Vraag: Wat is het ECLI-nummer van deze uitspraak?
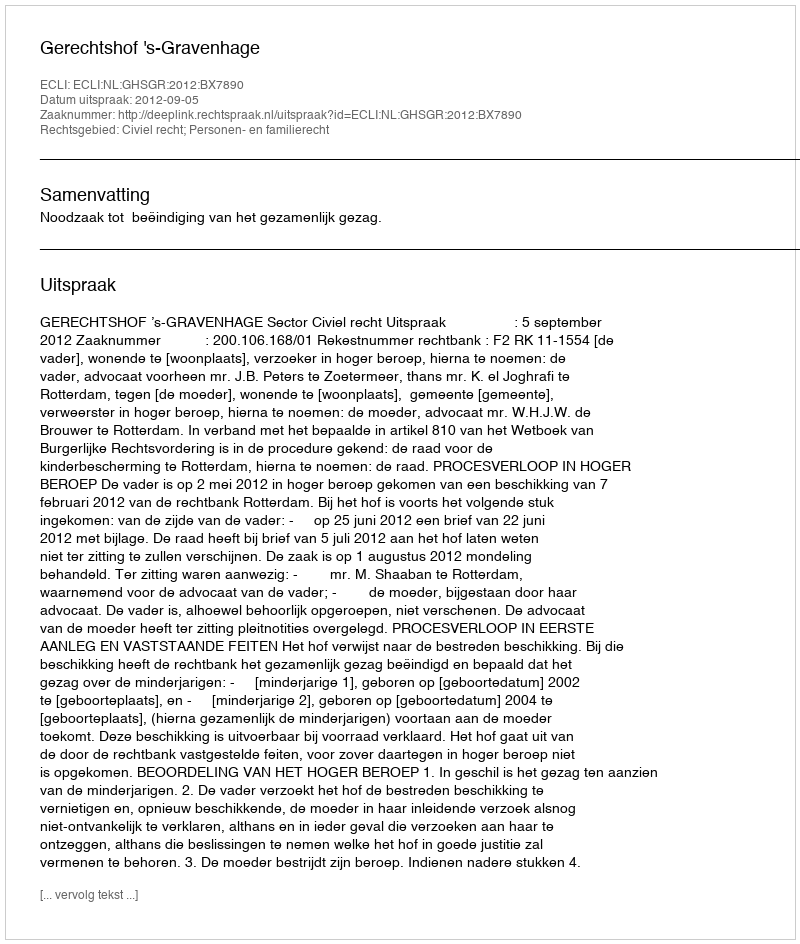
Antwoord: ECLI:NL:GHSGR:2012:BX7890